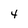
Character: 4